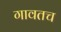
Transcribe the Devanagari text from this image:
गावतच